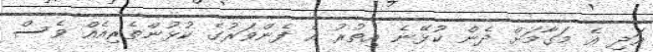
އަދި އެ މަގާމަށް ދެން ކުޅޭނެ އިތުރު އެ ފެންވަރުގެ ކުޅުންތެރިއެއް ވެސް